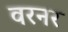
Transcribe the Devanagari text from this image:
वरनर